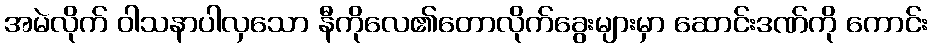
အမဲလိုက် ဝါသနာပါလှသော နီကိုလေ၏တောလိုက်ခွေးများမှာ ဆောင်းဒဏ်ကို ကောင်း